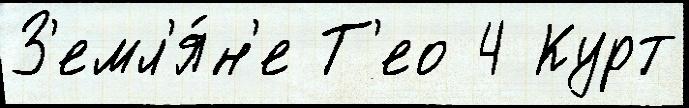
З'емл'я́н'е Т'ео 4 Курт